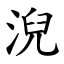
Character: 淣